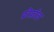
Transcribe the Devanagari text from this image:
फ्रीफ़ॉल